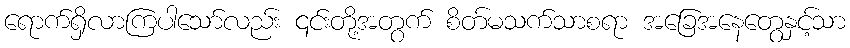
ရောက်ရှိလာကြပါသော်လည်း ၎င်းတို့အတွက် စိတ်မသက်သာစရာ အခြေအနေတွေနှင့်သာ